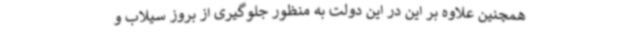
همچنین علاوه بر این در این دولت به منظور جلوگیری از بروز سیلاب و